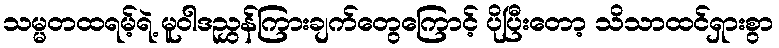
သမ္မတထရမ့်ရဲ့ မူဝါဒညွှန်ကြားချက်တွေကြောင့် ပိုပြီးတော့ သိသာထင်ရှားစွာ